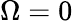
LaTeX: \Omega=0